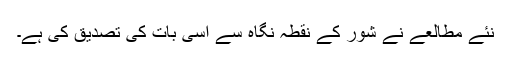
نئے مطالعے نے شور کے نقطہ نگاہ سے اسی بات کی تصدیق کی ہے۔